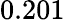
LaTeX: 0.201